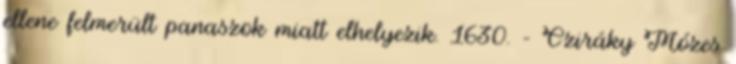
ellene felmerült panaszok miatt elhelyezik. 1630. – Cziráky Mózes